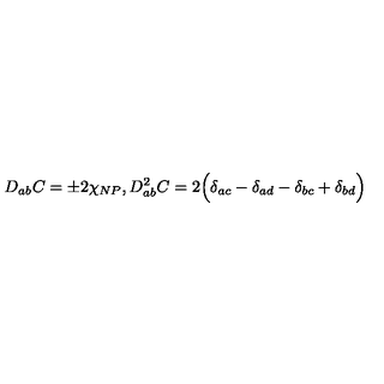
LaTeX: D _ { a b } C = \pm 2 \chi _ { N P } , D _ { a b } ^ { 2 } C = 2 \Bigl ( \delta _ { a c } - \delta _ { a d } - \delta _ { b c } + \delta _ { b d } \Bigr )